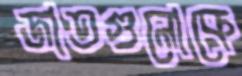
জাতগুলোকে